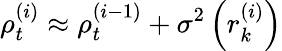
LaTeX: \rho_{t}^{(i)}\approx\rho_{t}^{(i-1)}+\sigma^{2}\left(r_{k}^{(i)}\right)